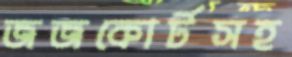
জজকোর্টসহ